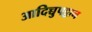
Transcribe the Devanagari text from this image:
आदिच्चुपट्ठान